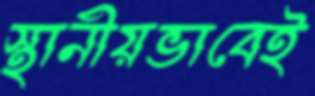
স্থানীয়ভাবেই